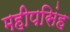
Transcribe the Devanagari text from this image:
महीपसिंह